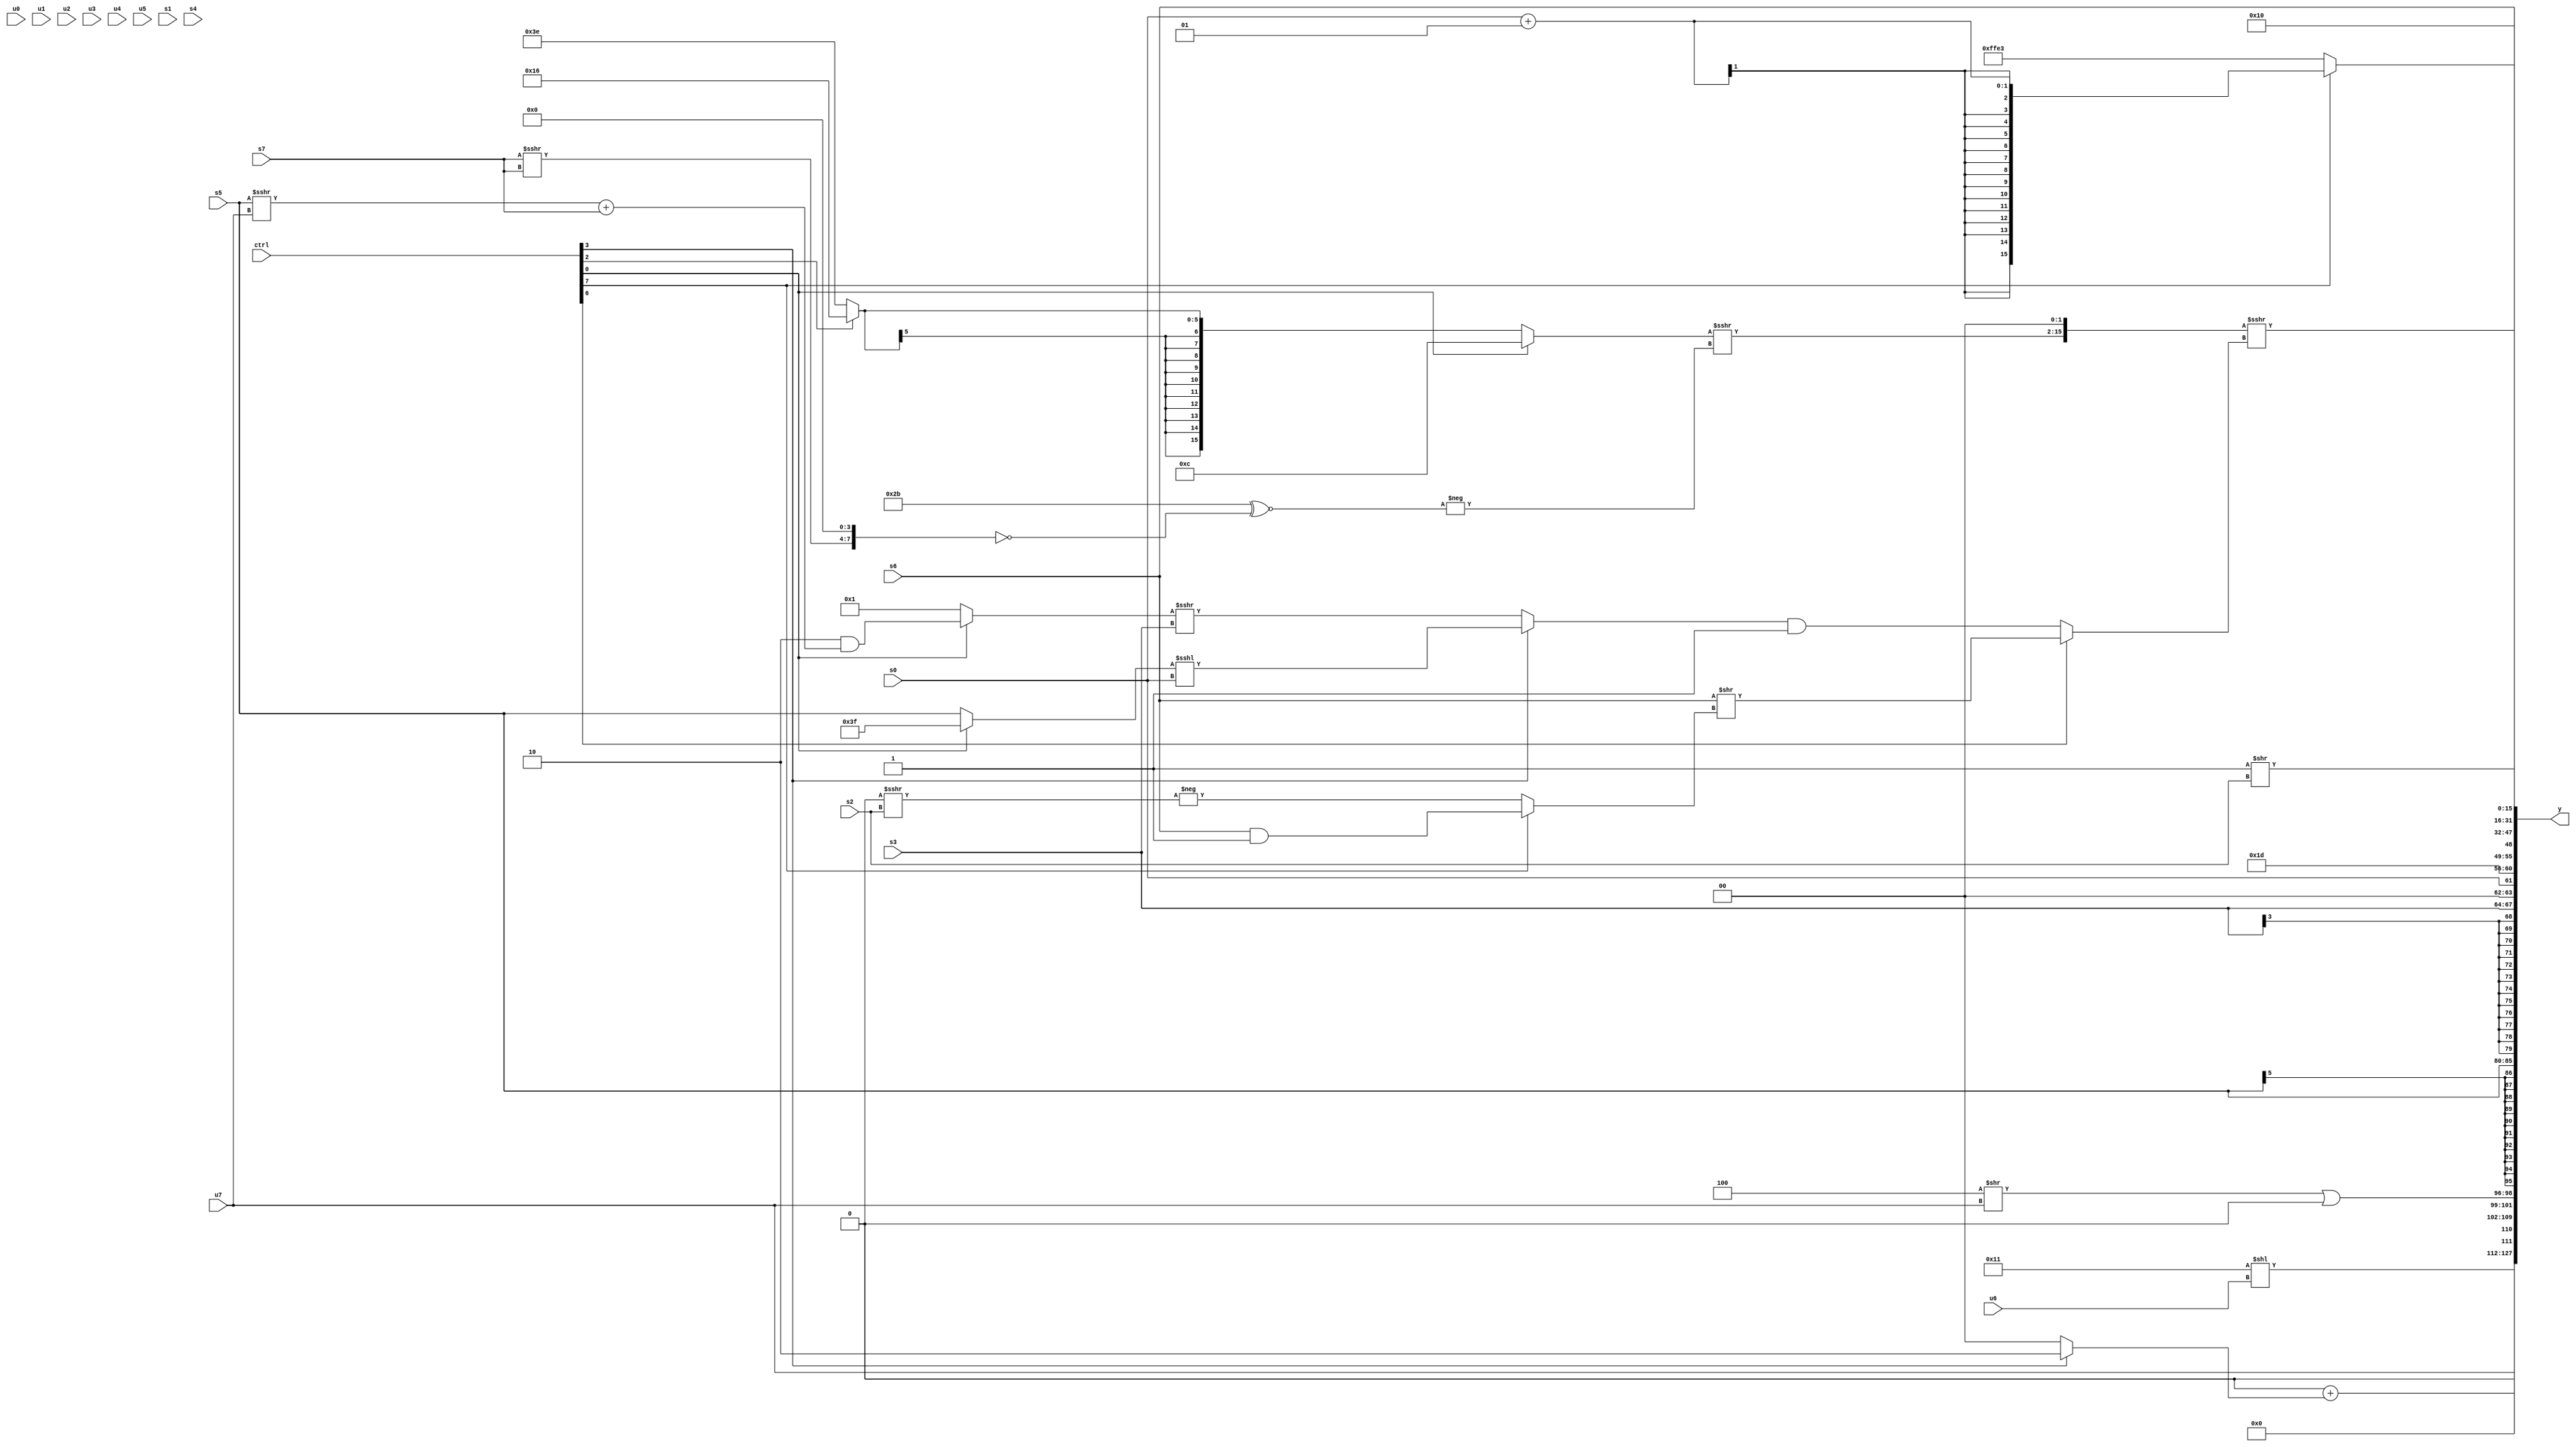
module wideexpr_00710(ctrl, u0, u1, u2, u3, u4, u5, u6, u7, s0, s1, s2, s3, s4, s5, s6, s7, y);
  input [7:0] ctrl;
  input [0:0] u0;
  input [1:0] u1;
  input [2:0] u2;
  input [3:0] u3;
  input [4:0] u4;
  input [5:0] u5;
  input [6:0] u6;
  input [7:0] u7;
  input signed [0:0] s0;
  input signed [1:0] s1;
  input signed [2:0] s2;
  input signed [3:0] s3;
  input signed [4:0] s4;
  input signed [5:0] s5;
  input signed [6:0] s6;
  input signed [7:0] s7;
  output [127:0] y;
  wire [15:0] y0;
  wire [15:0] y1;
  wire [15:0] y2;
  wire [15:0] y3;
  wire [15:0] y4;
  wire [15:0] y5;
  wire [15:0] y6;
  wire [15:0] y7;
  assign y = {y0,y1,y2,y3,y4,y5,y6,y7};
  assign y0 = +(-((2'sb01)==((5'sb10100)>>>((u3)<<(5'sb10001)))));
  assign y1 = {((-((+(s5))<<<(1'sb0)))==((($signed(s0))^~((ctrl[1]?s3:s5)))>>>(5'sb01110)))>>(((ctrl[7]?~&(1'sb1):((ctrl[2]?3'sb010:2'b01))-({1{s5}})))==((ctrl[4]?{s2,(5'b00000)|(3'b100),-(s7)}:(-(u0))>((ctrl[0]?4'sb0000:s3))))),4'sb1110,(($signed(5'sb10001))<<(u6))<<<(3'sb001),$signed(+({(u7)<<<((4'b0000)<<<(3'sb100)),((s2)<<<(4'sb0111))+((ctrl[3]?2'sb10:2'sb00)),((3'sb100)>>(u7))|(+(1'sb0))}))};
  assign y2 = s5;
  assign y3 = s3;
  assign y4 = {s0,$signed(5'sb11101),s6,(1'sb1)>>(s2)};
  assign y5 = ((((ctrl[0]?5'sb01100:$signed((ctrl[2]?6'sb010110:2'sb10))))>>>(-($signed((6'b101011)^~(~(((s7)>>>(s7))<<<(5'sb00100)))))))<<(+(2'b10)))>>>((ctrl[6]?(s6)>>((ctrl[7]?(s6)&(1'sb1):-($unsigned((6'b000000)>>>(s2))))):((ctrl[3]?((ctrl[0]?1'sb1:s5))<<<(s0):((ctrl[0]?(2'sb10)&(((s5)>>>(u7))+((s7)>>>(1'b0))):+($signed(2'sb01))))>>>(s3)))&(1'sb1)));
  assign y6 = (ctrl[7]?$signed((s0)+($signed(2'sb01))):6'sb100011);
  assign y7 = -(5'sb10000);
endmodule